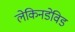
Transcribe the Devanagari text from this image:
लेकिनडेविड